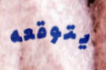
يتوقعه